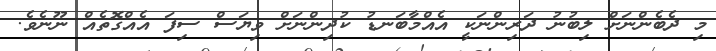
މި ދެބެންނަށް ލިބުނު ދަރިންނަކީ އެއްމާބަނޑު ކުދިންނަށް ވިޔަސް ސިފަ އެއްގޮތެއް ނޫނެވެ.